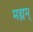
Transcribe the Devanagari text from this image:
मह्यम्